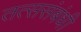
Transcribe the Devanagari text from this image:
तत्ससंबंधी